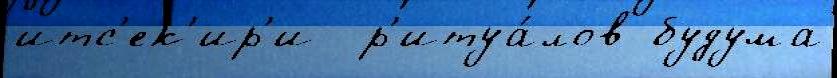
итс'ек'ир'и  р'итуа́лов будума